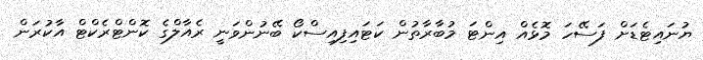
ޔުނައިޓެޑަށް ފަސޭހަ މޮޅެއް އިންޓަ މުބާރާތުން ކަޓައިފިއިސްކޯ ބޭނުންވަނީ ރެއާލްގެ ކޮންޓްރެކްޓް އާކުރަން